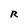
Character: R